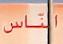
١ لناس